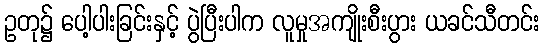
ဥတု၌ ပေါ့ပါးခြင်းနှင့် ပွဲပြီးပါက လူမှုအကျိုးစီးပွား ယခင်သီတင်း